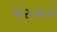
એસઆરઇ